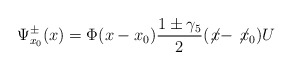
\begin{align*}\Psi ^{\pm}_{x_0}(x)= \Phi (x-x_0)\frac{1\pm\gamma _5}{2} (\not\! x -\not\! x_0) U\end{align*}